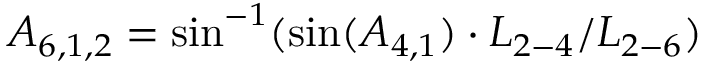
{ A _ { 6 , 1 , 2 } } = \sin ^ { - 1 } ( \sin ( { A _ { 4 , 1 } } ) \cdot { L _ { 2 - 4 } } / { L _ { 2 - 6 } } )